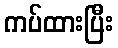
ကပ်ထားပြီး